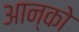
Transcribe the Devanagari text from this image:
आन्को